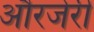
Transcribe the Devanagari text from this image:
औरजेरी